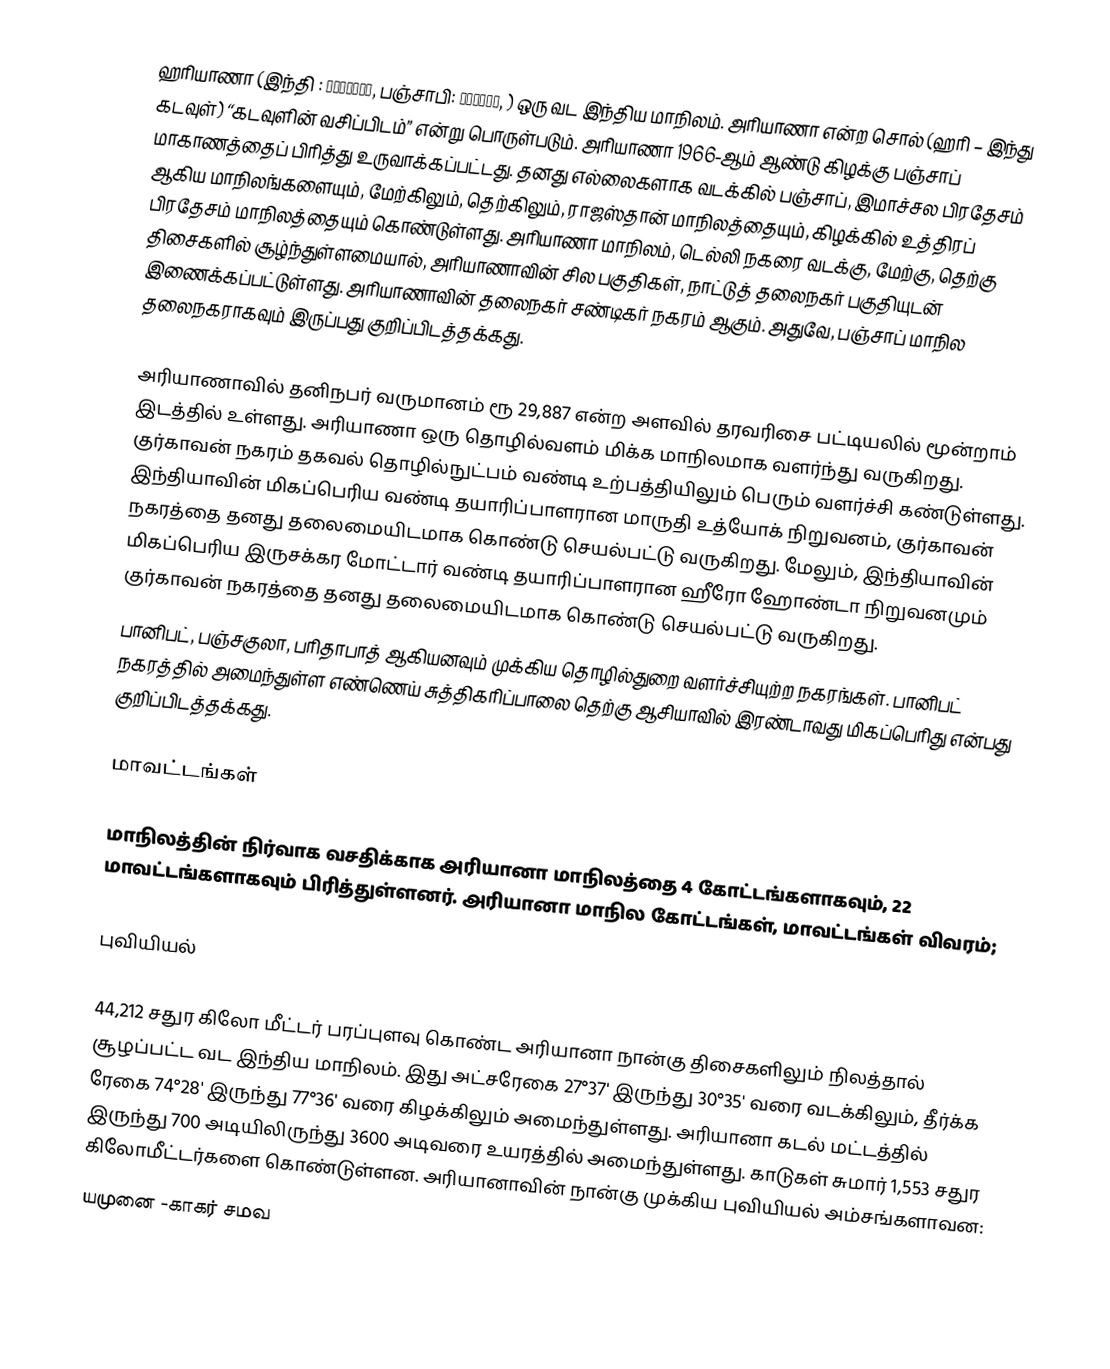
ஹரியாணா (இந்தி : हरियाणा, பஞ்சாபி: ਹਰਿਆਣਾ, )  ஒரு வட இந்திய மாநிலம். அரியாணா என்ற சொல் (ஹரி – இந்து கடவுள்) “கடவுளின் வசிப்பிடம்” என்று பொருள்படும். அரியாணா 1966-ஆம் ஆண்டு கிழக்கு பஞ்சாப் மாகாணத்தைப் பிரித்து உருவாக்கப்பட்டது. தனது எல்லைகளாக வடக்கில் பஞ்சாப், இமாச்சல பிரதேசம் ஆகிய மாநிலங்களையும், மேற்கிலும், தெற்கிலும், ராஜஸ்தான் மாநிலத்தையும், கிழக்கில் உத்திரப் பிரதேசம் மாநிலத்தையும் கொண்டுள்ளது. அரியாணா மாநிலம், டெல்லி நகரை வடக்கு, மேற்கு, தெற்கு திசைகளில் சூழ்ந்துள்ளமையால், அரியாணாவின் சில பகுதிகள், நாட்டுத் தலைநகர் பகுதியுடன் இணைக்கப்பட்டுள்ளது. அரியாணாவின் தலைநகர் சண்டிகர் நகரம் ஆகும். அதுவே, பஞ்சாப்  மாநில தலைநகராகவும் இருப்பது குறிப்பிடத்தக்கது.

அரியாணாவில் தனிநபர் வருமானம் ரூ 29,887 என்ற அளவில் தரவரிசை பட்டியலில் மூன்றாம் இடத்தில் உள்ளது. அரியாணா ஒரு தொழில்வளம் மிக்க மாநிலமாக வளர்ந்து வருகிறது. குர்காவன் நகரம் தகவல் தொழில்நுட்பம் வண்டி உற்பத்தியிலும் பெரும் வளர்ச்சி கண்டுள்ளது. இந்தியாவின் மிகப்பெரிய வண்டி தயாரிப்பாளரான மாருதி உத்யோக் நிறுவனம், குர்காவன் நகரத்தை தனது தலைமையிடமாக கொண்டு செயல்பட்டு வருகிறது. மேலும், இந்தியாவின் மிகப்பெரிய இருசக்கர மோட்டார் வண்டி தயாரிப்பாளரான ஹீரோ ஹோண்டா நிறுவனமும் குர்காவன் நகரத்தை தனது தலைமையிடமாக கொண்டு செயல்பட்டு வருகிறது.
பானிபட், பஞ்சகுலா,  பரிதாபாத்  ஆகியனவும் முக்கிய தொழில்துறை வளர்ச்சியுற்ற நகரங்கள்.  பானிபட் நகரத்தில் அமைந்துள்ள எண்ணெய் சுத்திகரிப்பாலை தெற்கு ஆசியாவில் இரண்டாவது மிகப்பெரிது என்பது குறிப்பிடத்தக்கது.

மாவட்டங்கள்

மாநிலத்தின் நிர்வாக வசதிக்காக அரியானா மாநிலத்தை 4 கோட்டங்களாகவும், 22 மாவட்டங்களாகவும் பிரித்துள்ளனர். அரியானா மாநில கோட்டங்கள், மாவட்டங்கள் விவரம்;

புவியியல்

44,212 சதுர கிலோ மீட்டர் பரப்புளவு கொண்ட அரியானா நான்கு திசைகளிலும் நிலத்தால் சூழப்பட்ட வட இந்திய மாநிலம். இது அட்சரேகை 27°37' இருந்து 30°35' வரை வடக்கிலும், தீர்க்க ரேகை 74°28' இருந்து 77°36' வரை கிழக்கிலும் அமைந்துள்ளது.  அரியானா கடல் மட்டத்தில் இருந்து 700 அடியிலிருந்து  3600 அடிவரை உயரத்தில் அமைந்துள்ளது. காடுகள் சுமார் 1,553 சதுர கிலோமீட்டர்களை கொண்டுள்ளன. அரியானாவின்  நான்கு முக்கிய புவியியல் அம்சங்களாவன:
 யமுனை -காகர்  சமவ